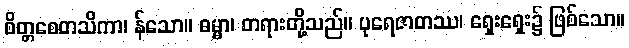
စိတ္တစေတသိကာ၊ န်သော။ ဓမ္မာ၊ တရားတို့သည်။ ပုရေဇာတဿ၊ ရှေးရှေး၌ ဖြစ်သော။